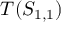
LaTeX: T ( S _ { 1 , 1 } )